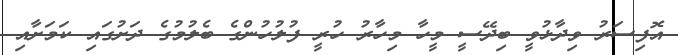
އޮފިސަރު ވިދާޅުވީ ބިދޭސީ މީހާ މިހާރު ހުރީ ފުލުހުންގެ ބެލުމުގެ ދަށުގައި ކަމަށާއި